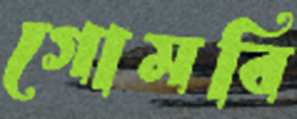
গোমবি